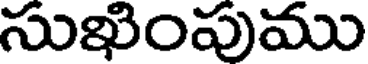
సుఖింపుము